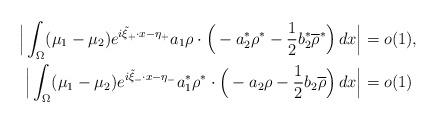
LaTeX: \begin{align*}\Big|\int_\Omega (\mu_1-\mu_2) e^{i\tilde\xi_+\cdot x-\eta_+}a_1\rho\cdot \Big(-a_2^*\rho^*-\frac{1}{2}b_2^*\overline{\rho}^*\Big)\,dx\Big| &= o(1),\\\Big|\int_\Omega (\mu_1-\mu_2) e^{i\tilde\xi_-\cdot x-\eta_-}a_1^*\rho^*\cdot \Big(-a_2\rho-\frac{1}{2}b_2\overline{\rho}\Big)\,dx\Big| &= o(1)\end{align*}